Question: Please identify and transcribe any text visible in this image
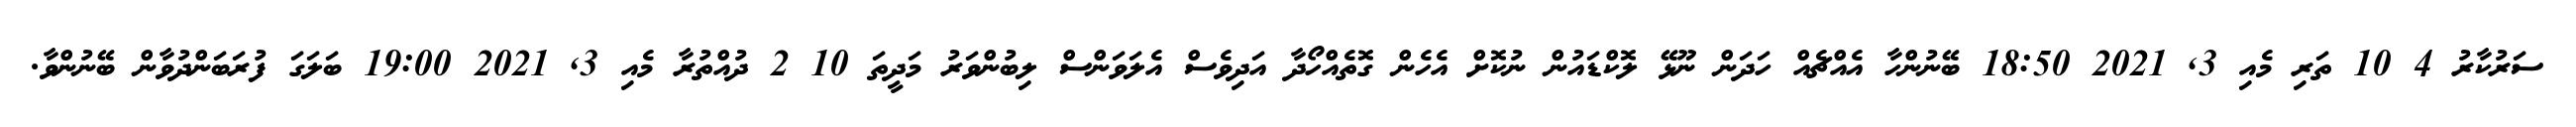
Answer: ސަރުކާރު 4 10 ތަރި މެއި 3, 2021 18:50 ބޭނުންހާ އެއްޗެއް ހަދަން ނޫޅޭ ލޮކްޑައުން ނުކޮށް އެހެން ގޮތެއްހޯދާ އަދިވެސް އެލަވަންސް ލިބުންވަރު މަދީތަ 10 2 ދުއްތުރާ މެއި 3, 2021 19:00 ބަލަގަ ފުރަބަންދުވާން ބޭނުންވާ.